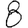
Digit: 8